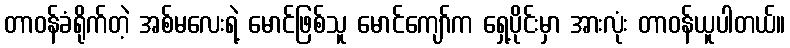
တာဝန်ခံရိုက်တဲ့ အစ်မလေးရဲ့ မောင်ဖြစ်သူ မောင်ကျော်က ရှေ့ပိုင်းမှာ အားလုံး တာဝန်ယူပါတယ်။